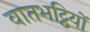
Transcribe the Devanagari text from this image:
वातभट्ठियों